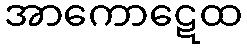
အာကောဋေထ